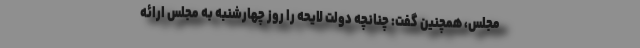
مجلس، همچنین گفت: چنانچه دولت لایحه را روز چهارشنبه به مجلس ارائه